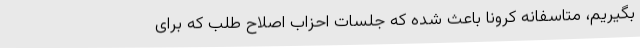
بگیریم، متاسفانه کرونا باعث شده که جلسات احزاب اصلاح طلب که برای